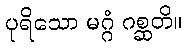
ပုရိသော မဂ္ဂံ ဂစ္ဆတိ။